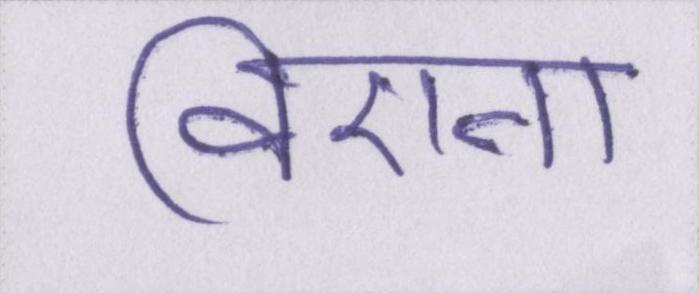
विएना